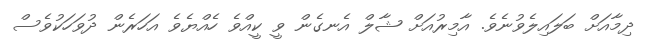
ދިމާއަށް ބަލައިލެވުނެވެ. އާމިރުއަށް ޝާލް އެނގެން ވީ ކީއްވެ ހެއްޔެވެ އަހަރެން ދުވަހަކުވެސް